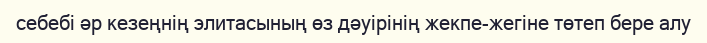
себебі әр кезеңнің элитасының өз дәуірінің жекпе-жегіне төтеп бере алу